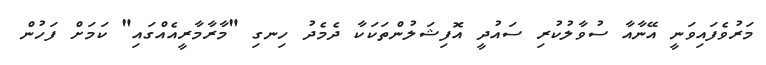
މަރުވެފައިވަނީ އޭނާއާ ސުވާލުކުރި ސައުދީ އޮފިޝަލުންތަކަކާ ދެމެދު ހިނގި "މާރާމާރީއެއްގައި" ކަމަށް ފަހުން